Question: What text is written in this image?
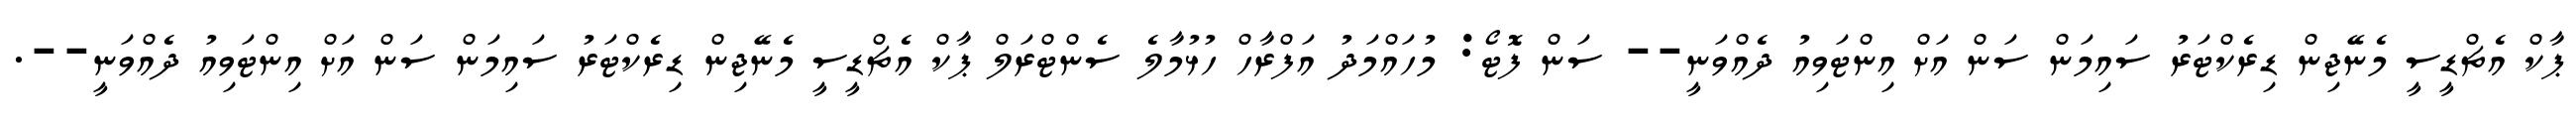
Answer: ޕާކް އެޗްޑީސީ މެނޭޖިން ޑިރެކްޓަރު ސައިމަން ސަން އަށް އިންޓަވިއު ދެއްވަނީ-- ސަން ފޮޓޯ: މުހައްމަދު އަފްރާހް ހުޅުމާލެ ސެންޓްރަލް ޕާކް އެޗްޑީސީ މެނޭޖިން ޑިރެކްޓަރު ސައިމަން ސަން އަށް އިންޓަވިއު ދެއްވަނީ--.